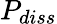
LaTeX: P_{diss}